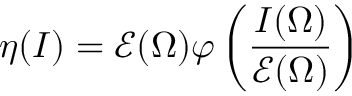
\eta ( I ) = \mathcal E ( \Omega ) \varphi \left( \frac { I ( \Omega ) } { \mathcal E ( \Omega ) } \right)